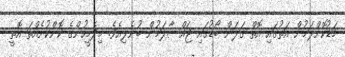
މަޑުކޮށްލަމުން އަތުގައި އޮތް ގަލަން ބޯޑުގައި ޖައްސާލަމުން ބުނެލިއެވެ. މިދެމީހުންގެ ކޮންކުށެއްތަ އޮތީ